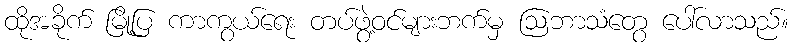
ထိုအခိုက် မြို့ပြ ကာကွယ်ရေး တပ်ဖွဲ့ဝင်များဘက်မှ ဩဘာသံတွေ ပေါ်လာသည်။